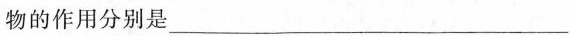
物的作用分别是___